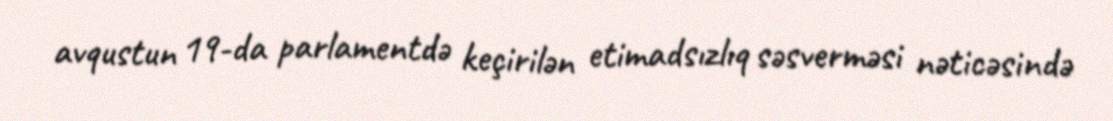
avqustun 19-da parlamentdə keçirilən etimadsızlıq səsverməsi nəticəsində